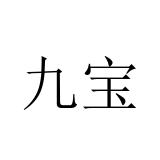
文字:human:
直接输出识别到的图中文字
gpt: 九宝